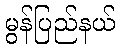
မွန်ပြည်နယ်